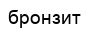
бронзит